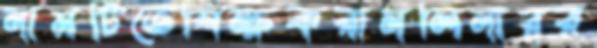
নামটিতেশিক্ষকরামলিনারর